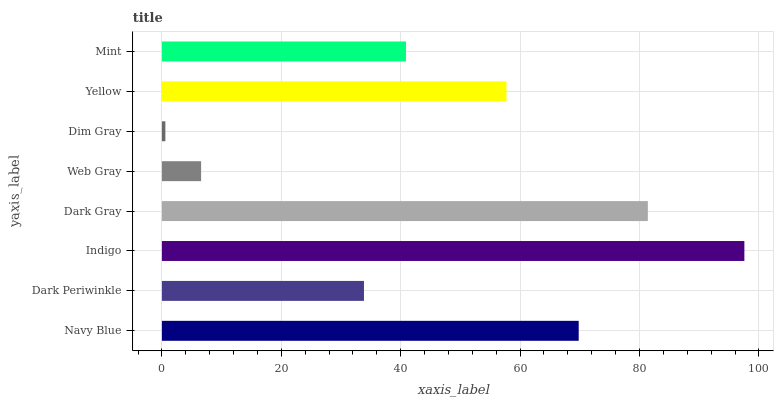
| yaxis_label | bars |
 | --- | --- |
 | Navy Blue | 69.8 |
 | Dark Periwinkle | 33.8 |
 | Indigo | 97.6 |
 | Dark Gray | 81.4 |
 | Web Gray | 6.57 |
 | Dim Gray | 0.578 |
 | Yellow | 57.7 |
 | Mint | 40.9 |